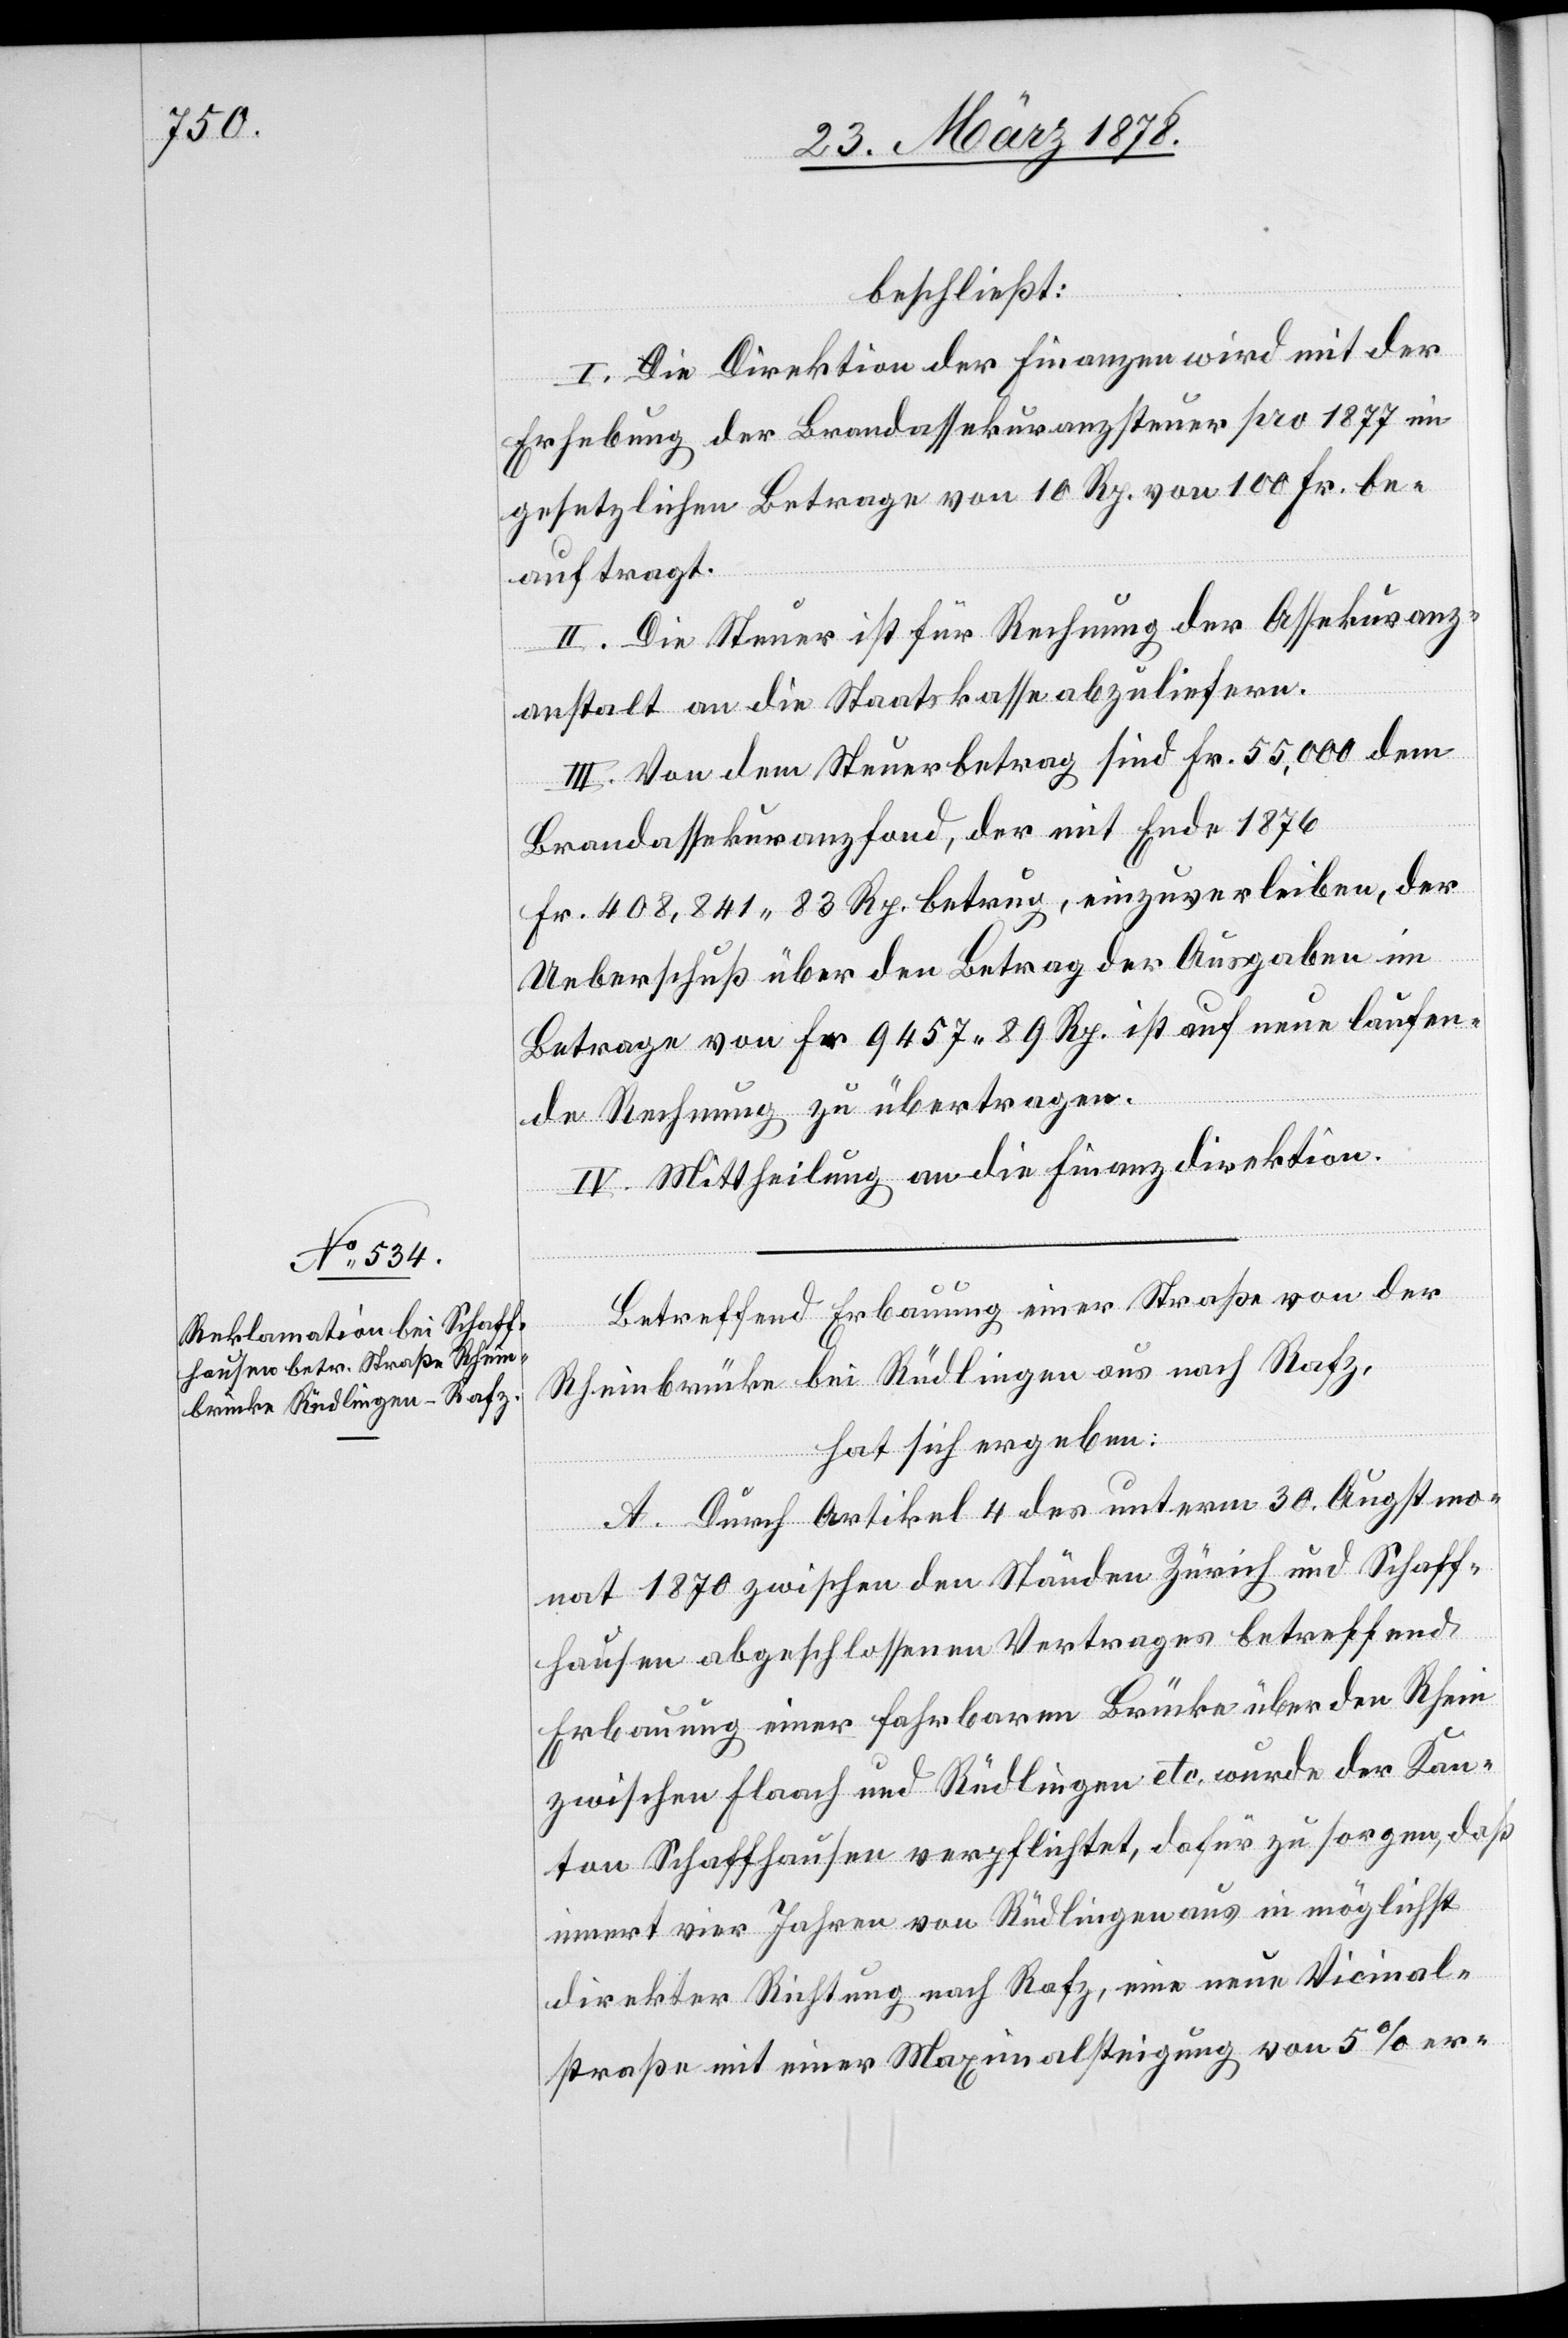
beschließt:
I. Die Direktion der Finanzen wird mit der
Erhebung der Brandassekuranzsteuer pro 1877 im
gesetzlichen Betrage von 10 Rp. von 100 Fr. be¬
auftragt.
II. Die Steuer ist für Rechnung der Assekuranz¬
anstalt an die Staatskasse abzuliefern.
III. Von dem Steuerbetrag sind Fr. 55,000 dem
Brandassekuranzfond, der mit Ende 1876
Fr. 408,841. 83 Rp. betrug, einzuverleiben, der
Ueberschuß über den Betrage der Ausgaben im
Betrage von Fr. 9457. 89 Rp. ist auf neue laufen¬
de Rechnung zu übertragen.
IV. Mittheilung an die Finanzdirektion.
Betreffend Erbauung einer Straße von der
Rheinbrücke bei Rüdlingen aus nach Rafz,
hat sich ergeben:
A. Durch Artikel 4 des unterm 30. Augstmo¬
nat 1870 zwischen den Ständen Zürich und Schaff¬
hausen abgeschlossenen Vertrages betreffend
Erbauung einer fahrbaren Brücke über den Rhein
zwischen Flaach und Rüdlingen etc. wurde der Kan¬
ton Schaffhausen verpflichtet, dafür zu sorgen, daß
innert vier Jahren von Rüdlingen aus in möglichst
direkter Richtung nach Rafz, eine neue Vicinal¬
straße mit einer Maximalsteigung von 5% er-